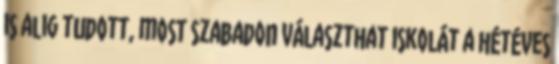
is alig tudott, most szabadon választhat iskolát a hétéves